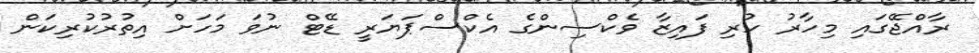
ރާއްޖޭގައި މިހާރު ހުރި ފައިޒާ ވެކްސިންގެ އެެކްސްޕަޔަރީ ޑޭޓް ނުވަ މަހަށް އިތުރުކުރިކަން